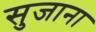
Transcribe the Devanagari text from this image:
सुजाना